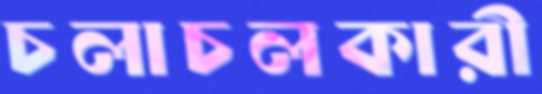
চলাচলকারী